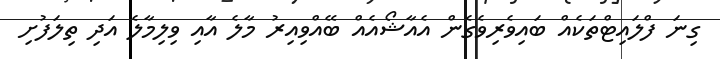
ގިނަ ފްލައިޓްތަކެއް ބައިވެރިވެގެން އެއާޝޯއެއް ބޭއްވިއިރު މާލެ އާއި ވިލިމާލެ އަދި ތިލަފުށި